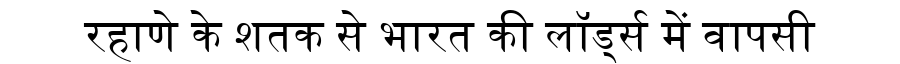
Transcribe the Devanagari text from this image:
रहाणे के शतक से भारत की लॉर्ड्स में वापसी